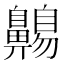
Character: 𲎡